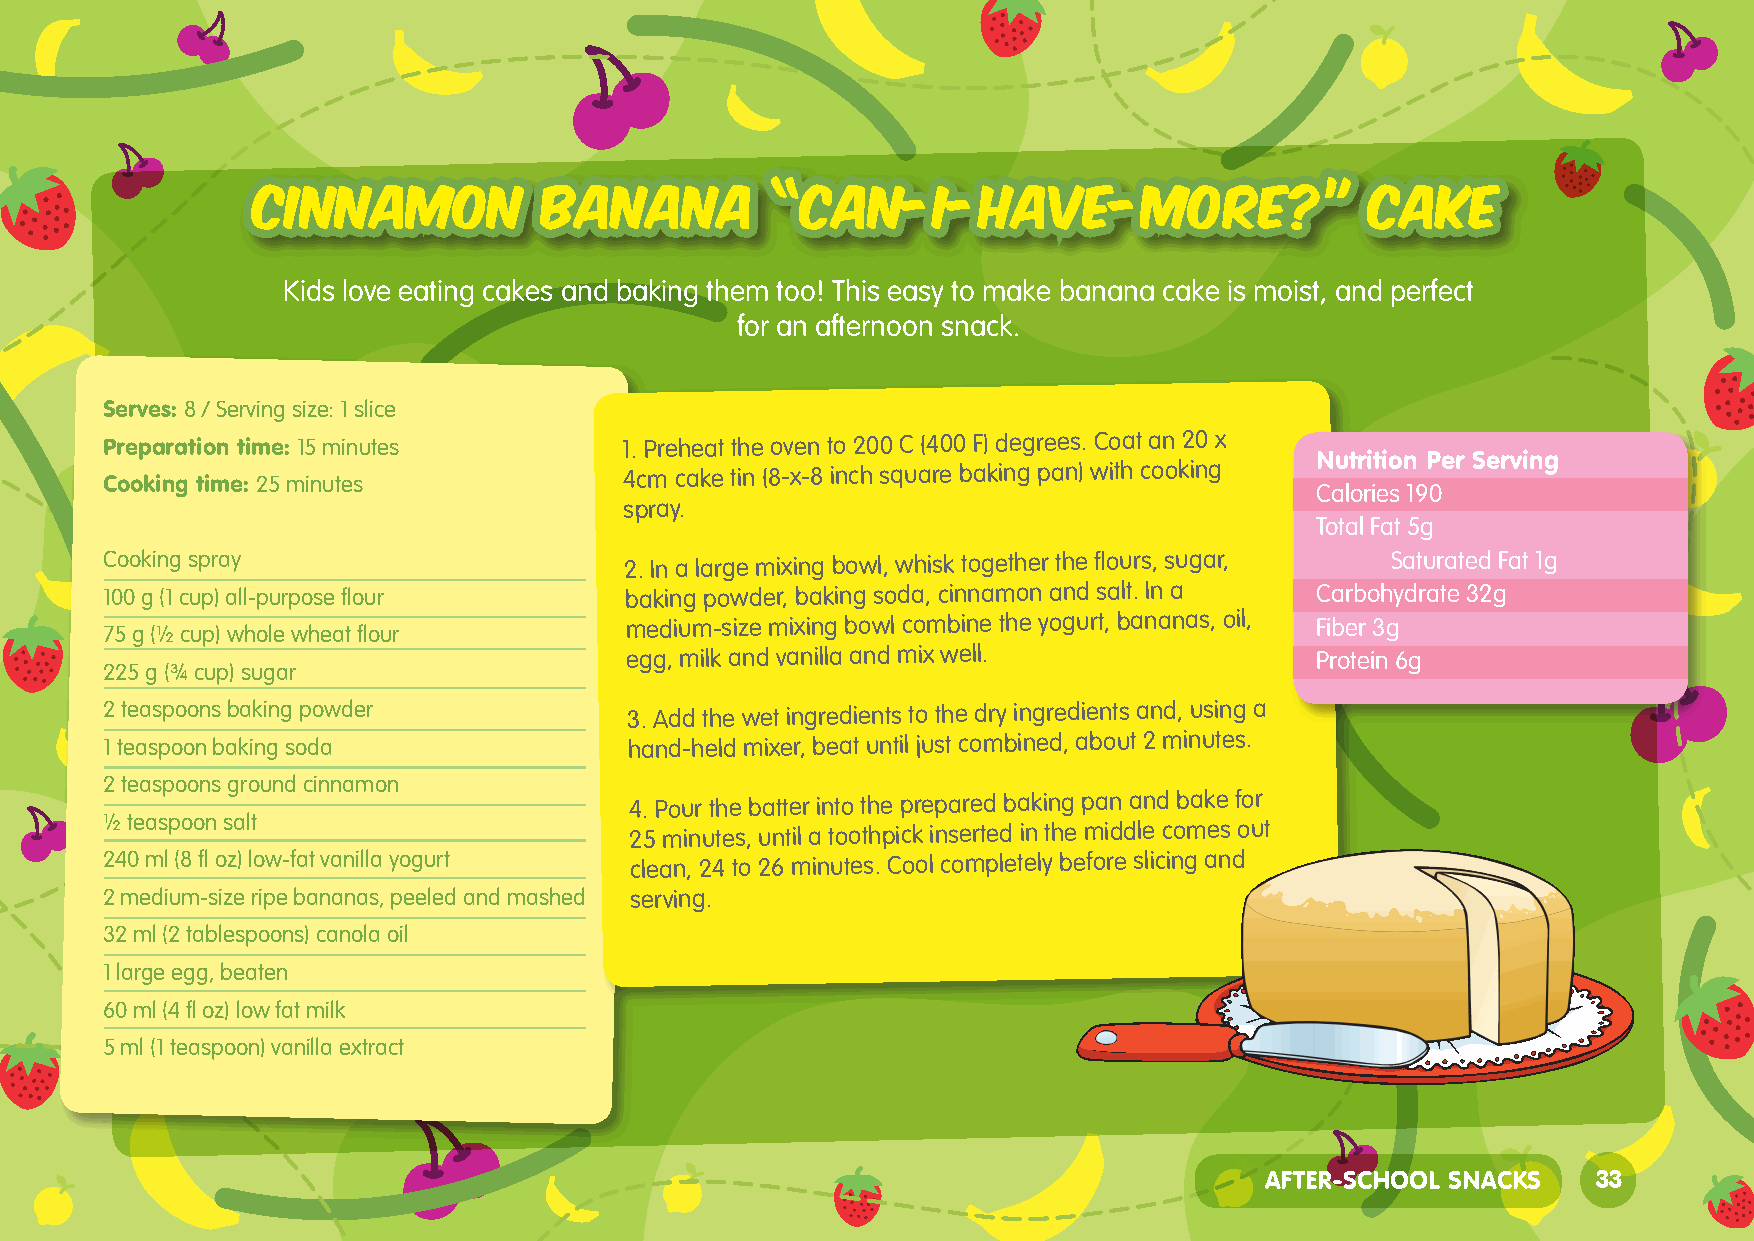
CINNAMON           BANANA         “CAN-I-HAVE-MORE?”                      CAKE
 Kids love eating cakes and baking them too! This easy to make banana cake is moist, and perfect
 for an afternoon snack.
 Serves: 8 / Serving size: 1 slice
 Preparation time: 15 minutes      1. Preheat the oven to 200 C (400 F) degrees. Coat an 20 x
 Nutrition Per Serving
 Cooking time: 25 minutes          4cm cake tin (8-x-8 inch square baking pan) with cooking
 Calories 190
 spray.
 Total Fat 5g
 Cooking spray                     2. In a large mixing bowl, whisk together the flours, sugar, Saturated Fat 1g
 100 g (1 cup) all-purpose flour   baking powder, baking soda, cinnamon and salt. In a Carbohydrate 32g
 75 g (½ cup) whole wheat flour
 medium-size mixing bowl combine the yogurt, bananas, oil, Fiber 3g
 egg, milk and vanilla and mix well.           Protein 6g
 225 g (¾ cup) sugar
 2 teaspoons baking powder          3. Add the wet ingredients to the dry ingredients and, using a
 1 teaspoon baking soda             hand-held mixer, beat until just combined, about 2 minutes.
 2 teaspoons ground cinnamon
 4. Pour the batter into the prepared baking pan and bake for
 ½ teaspoon salt                    25 minutes, until a toothpick inserted in the middle comes out
 240 ml (8 fl oz) low-fat vanilla yogurt clean, 24 to 26 minutes. Cool completely before slicing and
 2 medium-size ripe bananas, peeled and mashed serving.
 32 ml (2 tablespoons) canola oil
 1 large egg, beaten
 60 ml (4 fl oz) low fat milk
 5 ml (1 teaspoon) vanilla extract
 AFTER-SCHOOL SNACKS   33